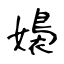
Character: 嬝